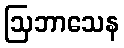
ဩဘာသေန